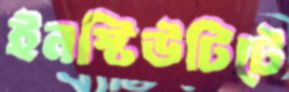
ইনস্টিউটিটে